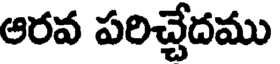
ఆరవ పరిచ్చేదము